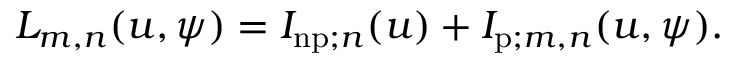
L _ { m , n } ( u , \psi ) = I _ { \mathrm { n p } ; n } ( u ) + I _ { \mathrm { p } ; m , n } ( u , \psi ) .